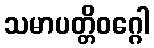
သမာပတ္တိဝဂ္ဂေါ